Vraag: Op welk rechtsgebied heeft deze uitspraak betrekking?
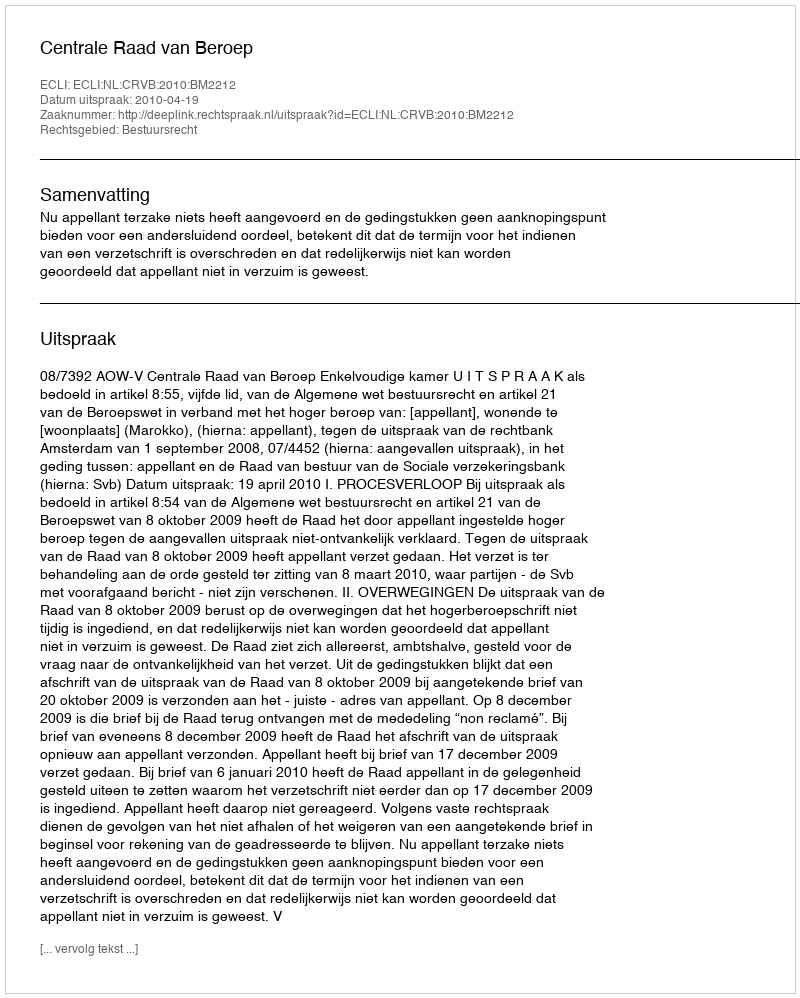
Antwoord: Bestuursrecht